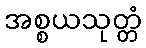
အစ္စယသုတ္တံ